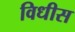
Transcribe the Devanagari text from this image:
विधीस